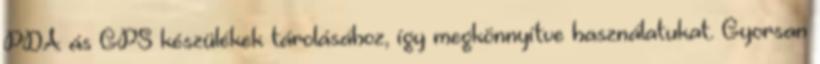
PDA ás GPS készülékek tárolásához, így megkönnyítve használatukat. Gyorsan